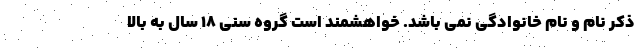
ذکر نام و نام خانوادگی نمی باشد. خواهشمند است گروه سنی ۱۸ سال به بالا